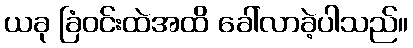
ယခု ခြံဝင်းထဲအထိ ခေါ်လာခဲ့ပါသည်။